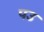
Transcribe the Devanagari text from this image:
पउ